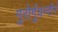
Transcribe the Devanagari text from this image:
गुरोर्गुवर्न्तरं